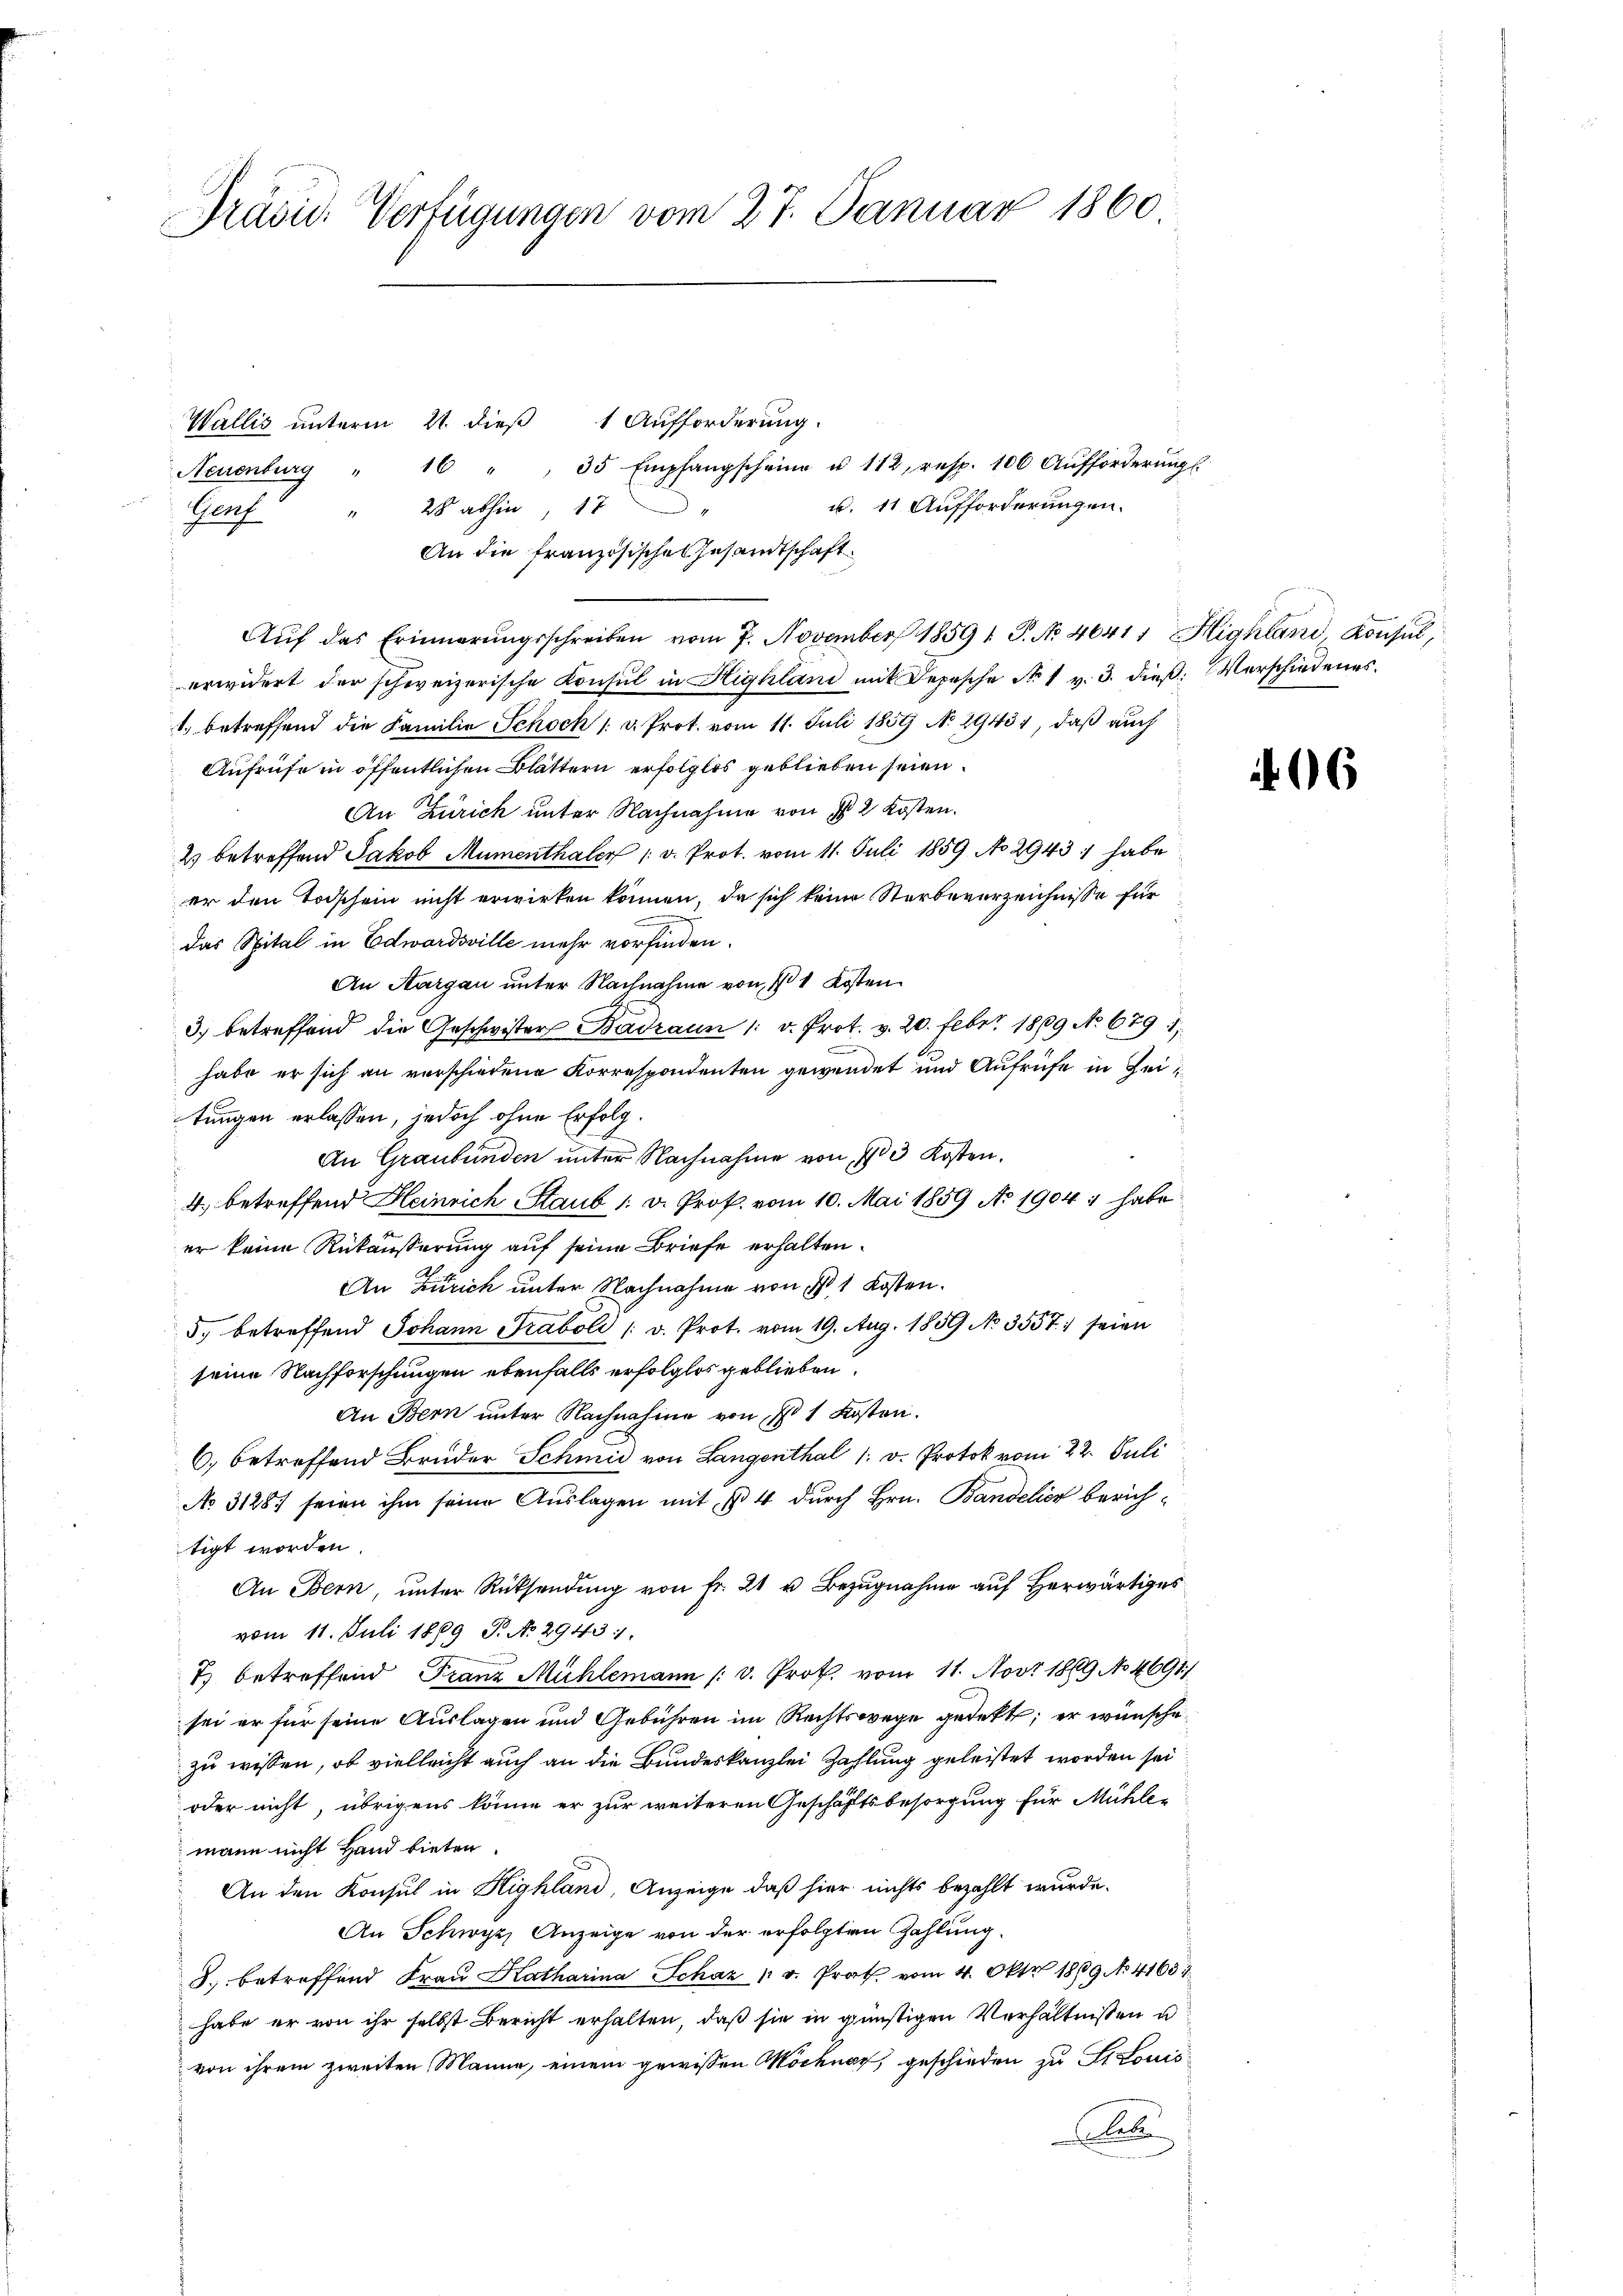
Präsid. Verfügungen vom 27. Januar 1860

Wallis unterm 21. dieß 1 Aufforderung
Neuenburg " 16 " " 35 Empfangscheine u. 112, resp. 106 Aŭfforderŭngs.
u. 11 Aufforderungen.
28 abhin, 17
g
Paf
An die französisches Gesandtschaft
Aŭf das Erinnerŭngsschreiben vom 7. November 1859 t. P. No 40411 Highland, Konsŭl,
erwidert der schweizerische Konsul in Highland mit Depesche No 1 v. 3. dieß: Verschiedenes.
1. betreffend die Familie Schoch 1 u. Prot. vom 11. Juli 1859 No 2943), daß auch
Aufrufe in öffentlichen Blättern erfolglos geblieben seien.
An Zürich unter Nachnahme von § 2 Kosten.
2 betreffend Jakob Mumenthaler /: v. Prot. vom 11. Juli 1859 No 2943 :/ habe
er den Todschein nicht erwirken können, da sich keine Sterbeverzeichnisse für
das Spital in Edwardsville mehr vorfinden.
An Aargau unter Nachnahme von 11 Kosten
3.) betreffend die Geschwister Badzaun 1 v. Prot. v. 20. Febr. 1809 No 679. 1
habe er sich an verschiedene Korrespondenten gewendet und Aufrufe in Zeitungen erlassen, jedoch ohne Erfolg.
An Graubünden unter Nachnahme von 13 Kosten.
4., betreffend Heinrich Staub 1. v. Prof. vom 10. Mai 1859 No 1904 1 habe
er keine Rückäußerung auf seine Briefe erhalten.
An Zürich unter Nachnahme von No 1 Kosten.
5. betreffend Johann Traboli /: v. Prot. vom 19. Aug. 1859 No 3557; seien
seine Nachforschungen ebenfalls erfolglos geblieben.
An Bern unter Nachnahme von No 1 Kosten.
6. betreffend Bruder Schmid von Langenthal 1. v. Protok vom 22. Juli
No 3128. seien ihm seine Auslagen mit § 4 durch Hrn. Bandelier berichtigt worden.
An Bern, ŭnter Rücksendung von Fr. 21 u. Bezugnahme auf Herwärtiges
vom 11. Juli 1869 P. No 2943).
7) betreffend Franz Mühlemann (v. Prot. vom 11. Nov. 1869 No 4691)
sei er für seine Auslagen und Gebühren im Rechtswege gedekt; er wünsche
zu wissen, ob vielleicht auch an die Bundeskanzlei Zahlung geleistet worden sei
oder nicht, übrigens könne er zur weiteren Geschäftsbesorgung für Mühle-
mann nicht Hand bieten.
An den Konsul in Highland, Anzeige, daß hier nichts bezahlt wurde.
An Schwyz, Anzeige von der erfolgten Zahlung.
8. betreffend Fraŭ Katharina Schaz " v. Prat vom 4. Okt. 1869 No 41633.
habe er von ihr selbst Bericht erhalten, daß sie in günstigen Verhältnissen u
von ihrem zweiten Manne, einem gewissen Wöchner, geschieden zu St. Louis
be

16